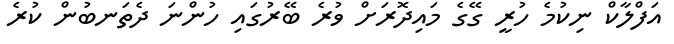
އަފްލާކް ނިކުމެ ހުރީ ގޭގެ މައިދޮރަށް ވުރެ ބޭރުގައި ހުންނަ ދެތަނބުން ކުރެ